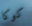
كوكا